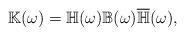
LaTeX: \begin{align*} \mathbb{K}(\omega)=\mathbb{H}(\omega)\mathbb{B}(\omega)\overline{\mathbb{H}}(\omega),\end{align*}